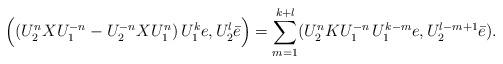
LaTeX: \begin{align*}\Big( (U_2^n XU_1^{-n}-U_2^{-n}XU_1^n)\,U_1^k e, U_2^l \bar e\Big)=\sum_{m=1}^{k+l} (U_2^nKU_1^{-n} \, U_1^{k-m} e, U_2^{l-m+1}\bar e).\end{align*}